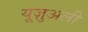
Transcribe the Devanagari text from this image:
यूज़ुअली